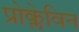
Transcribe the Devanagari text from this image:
प्रोक्लेविन